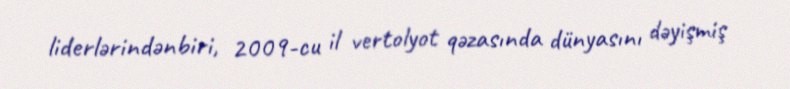
liderlərindənbiri, 2009-cu il vertolyot qəzasında dünyasını dəyişmiş